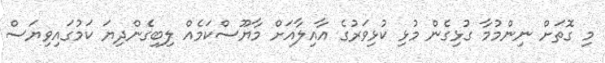
މި ގޮތަށް ނިންމުމާ ގުޅިގެން މުޅި ކުޅިވަރުގެ އާއިލާއަށް މާޔޫސްކަމެއް ލިބިގެންދިޔަ ކަމުގައިވިޔަސް